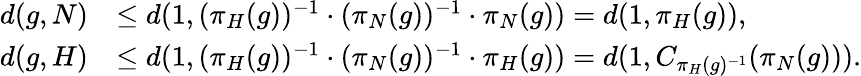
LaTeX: \begin{array}{rl}{d(g,N)}&{\leq d(1,(\pi_{H}(g))^{-1}\cdot(\pi_{N}(g))^{-1}\cdot\pi_{N}(g))=d(1,\pi_{H}(g)),}\\ {d(g,H)}&{\leq d(1,(\pi_{H}(g))^{-1}\cdot(\pi_{N}(g))^{-1}\cdot\pi_{H}(g))=d(1,C_{\pi_{H}(g)^{-1}}(\pi_{N}(g))).}\end{array}